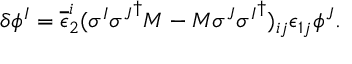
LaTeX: \delta \phi ^ { I } = \overline { { { \epsilon } } } _ { 2 } ^ { i } ( \sigma ^ { I } { \sigma ^ { J } } ^ { \dagger } M - M \sigma ^ { J } { \sigma ^ { I } } ^ { \dagger } ) _ { i j } \epsilon _ { 1 j } \phi ^ { J } .